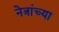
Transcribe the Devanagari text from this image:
नेत्रांच्या